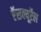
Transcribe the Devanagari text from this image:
ऍसक्यूऍल